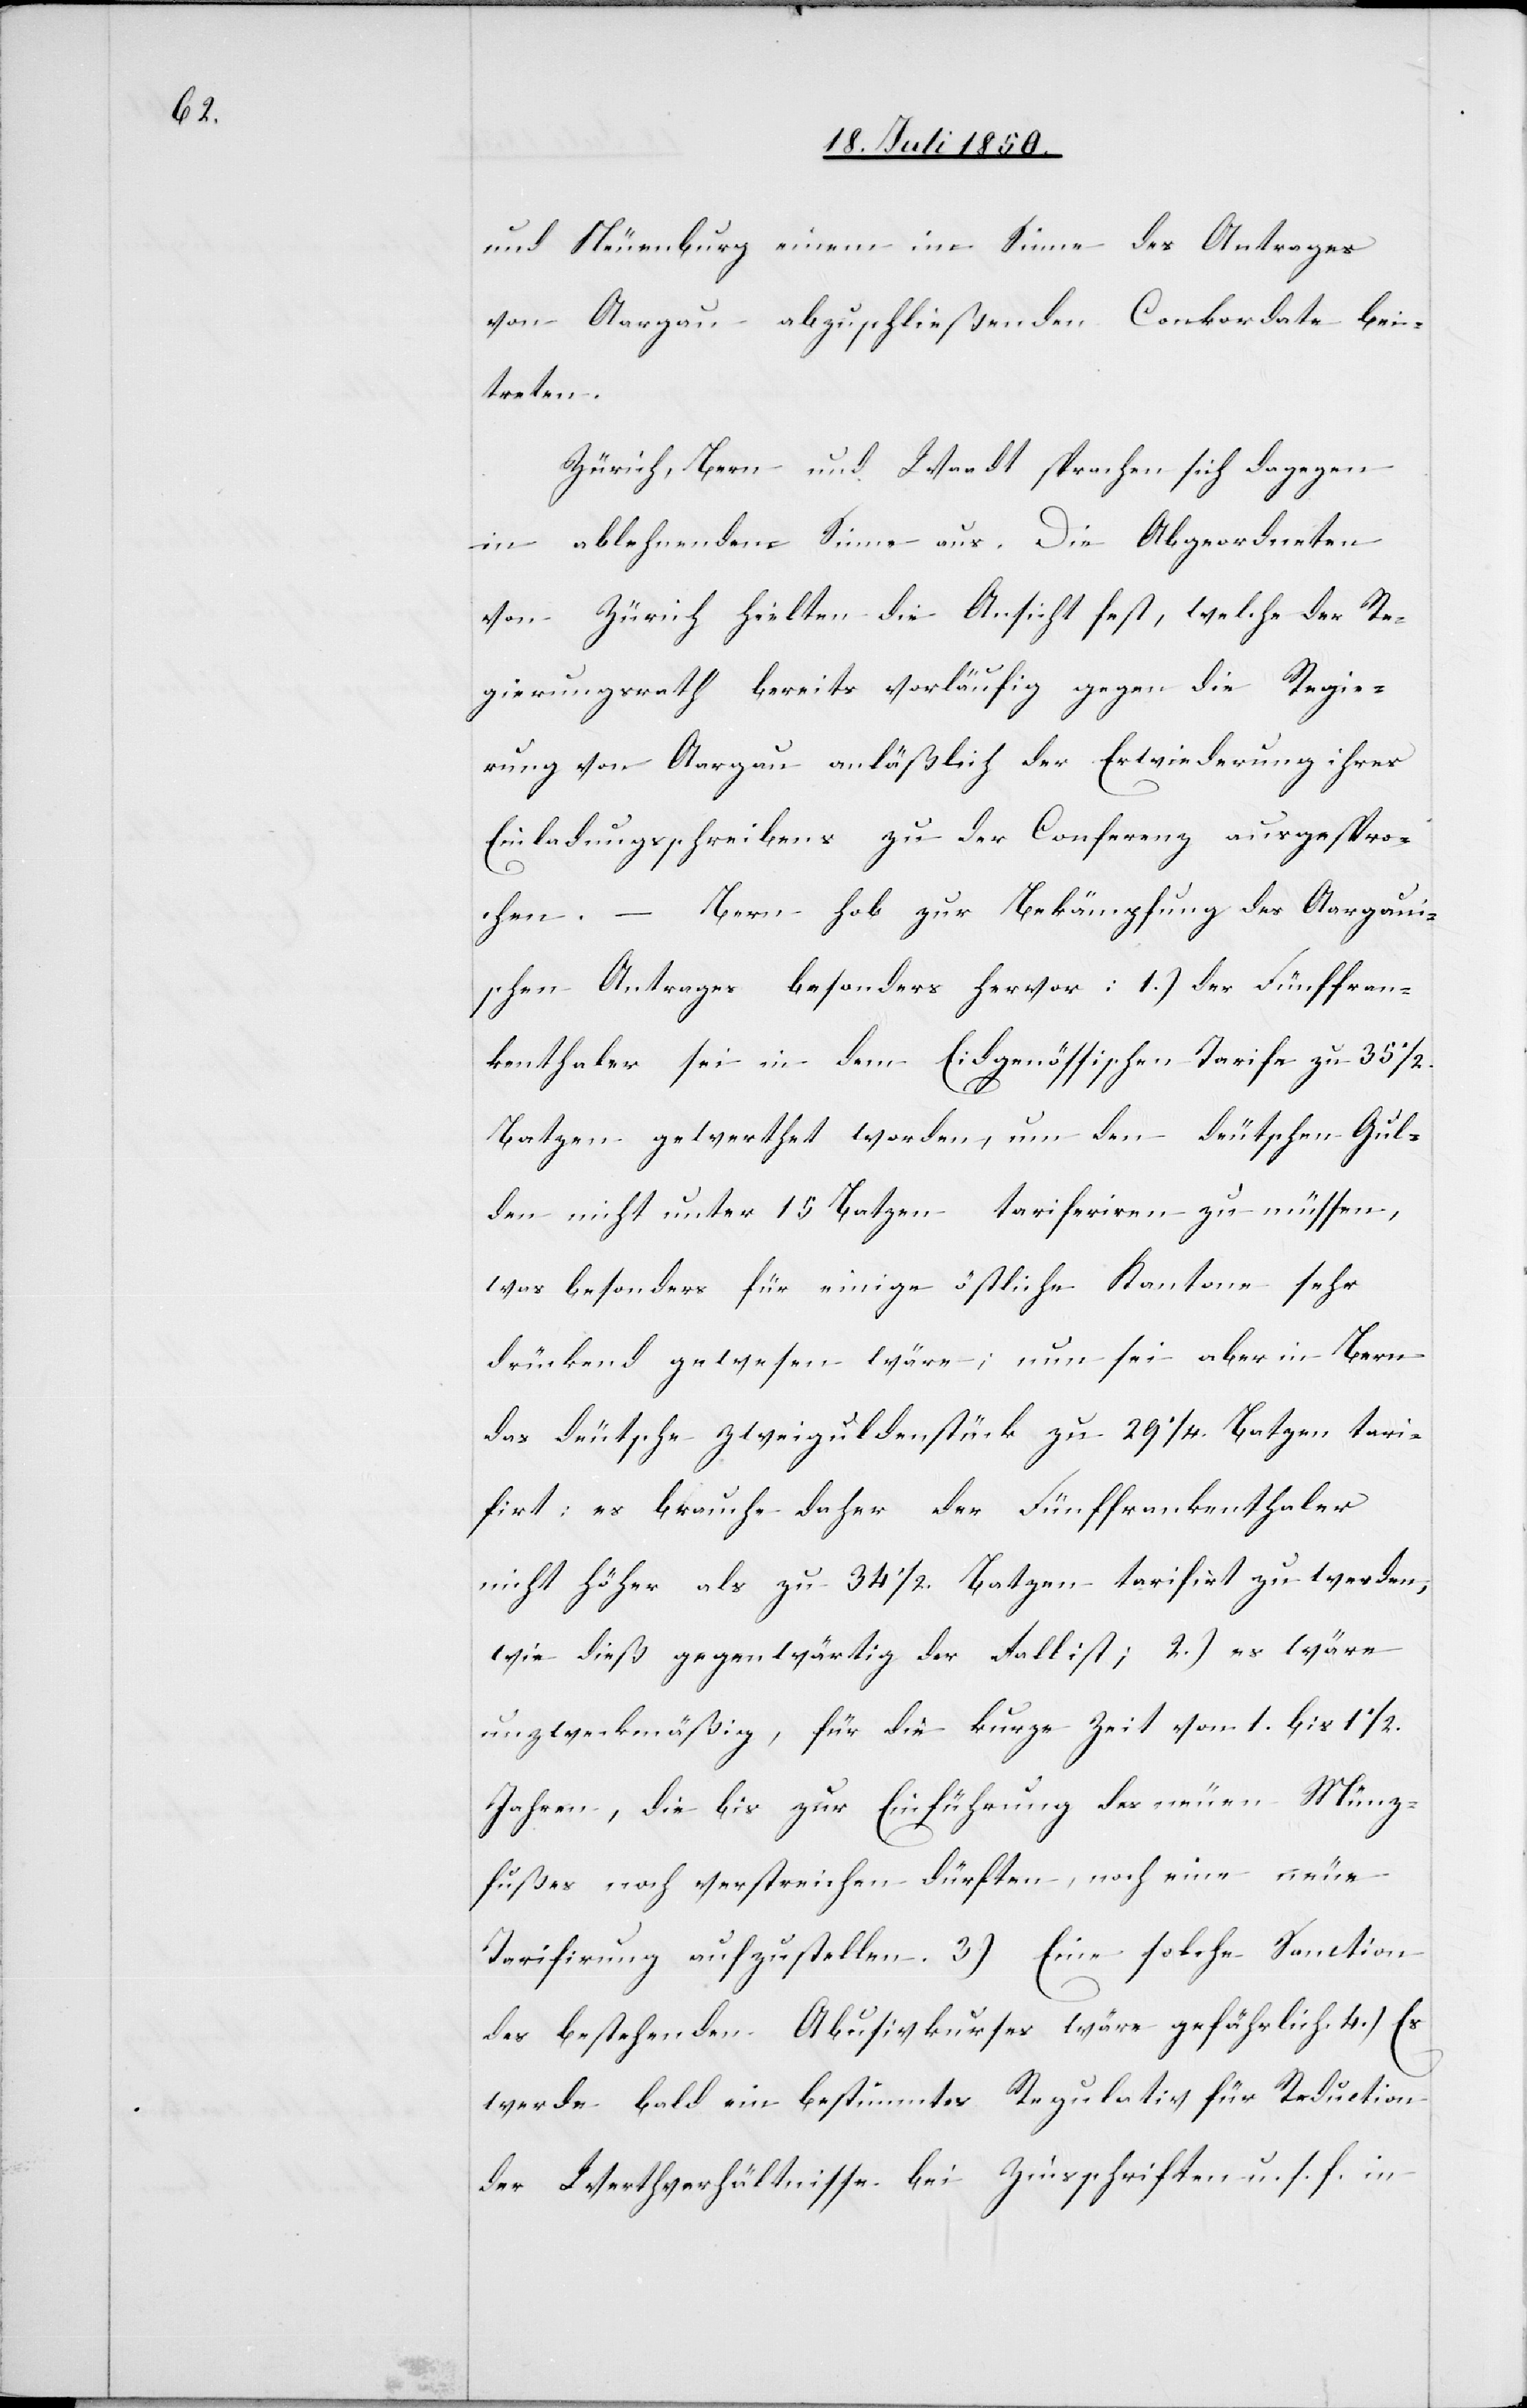
und Neuenburg einem im Sinne des Antrages
von Aargau abzuschließenden Conkordate bei¬
treten.
Zürich, Bern und Waadt sprachen sich dagegen
in ablehnendem Sinne aus. Die Abgeordneten
von Zürich hielten die Ansicht fest, welche der Re¬
gierungsrath bereits vorläufig gegen die Regie¬
rung von Aargau anläßlich der Erwiederung ihres
Einladungsschreibens zu der Conferenz ausgespro¬
chen. – Bern hob zur Bekämpfung des Aargaui¬
schen Antrages besonders hervor: 1.) der Fünffran¬
kenthaler sei in dem Eidgenössischen Tarife zu 35 1/2.
Batzen gewerthet worden, um den deutschen Gul¬
den nicht unter 15 Batzen tariferiren zu müssen,
was besonders für einige östliche Kantone sehr
drückend gewesen wäre; nun sei aber in Bern
das deutsche Zweiguldenstück zu 29 1/4. Batzen tari¬
firt: es brauche daher der Fünffrankenthaler
nicht höher als zu 34 1/2. Batzen tarifirt zu werden,
wie dieß gegenwärtig der Fall ist; 2.) es wäre
unzweckmäßig, für die kurze Zeit vom 1. bis 1 1/2.
Jahren, die bis zur Einführung des neuen Münz¬
fußes noch verstreichen dürften, noch eine neue
Tarifirung aufzustellen. 3) Eine solche Sanction
des bestehenden Abusivkurses wäre gefährlich. 4.) Es
werde bald ein bestimmtes Regulativ für Reduction
der Werthverhältnisse bei Zinsschriften u. s. f. in